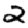
Digit: 2